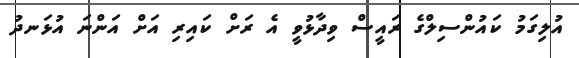
އުލިގަމު ކައުންސިލްގެ ރައީސް ވިދާޅުވީ އެ ރަށް ކައިރި އަށް އަންނަ އުޅަނދު